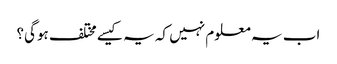
اب یہ معلوم نہیں کہ یہ کیسے مختلف ہوگی؟